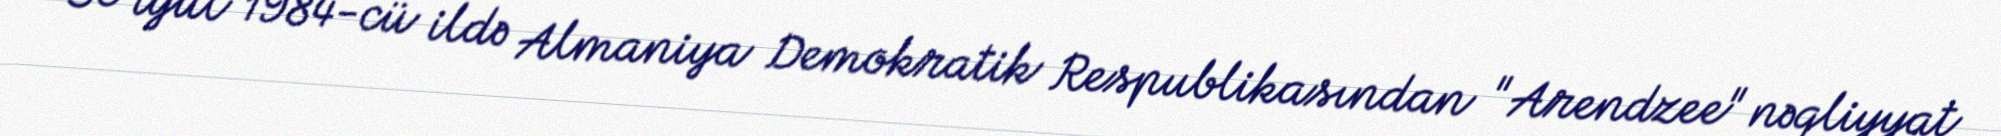
30 iyul 1984-cü ildə Almaniya Demokratik Respublikasından "Arendzee" nəqliyyat